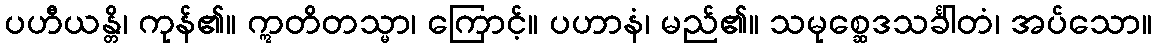
ပဟီယန္တိ၊ ကုန်၏။ ဣတိတသ္မာ၊ ကြောင့်။ ပဟာနံ၊ မည်၏။ သမုစ္ဆေဒသင်္ခါတံ၊ အပ်သော။